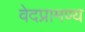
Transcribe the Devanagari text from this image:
वेदप्रामण्य